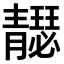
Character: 𩇣